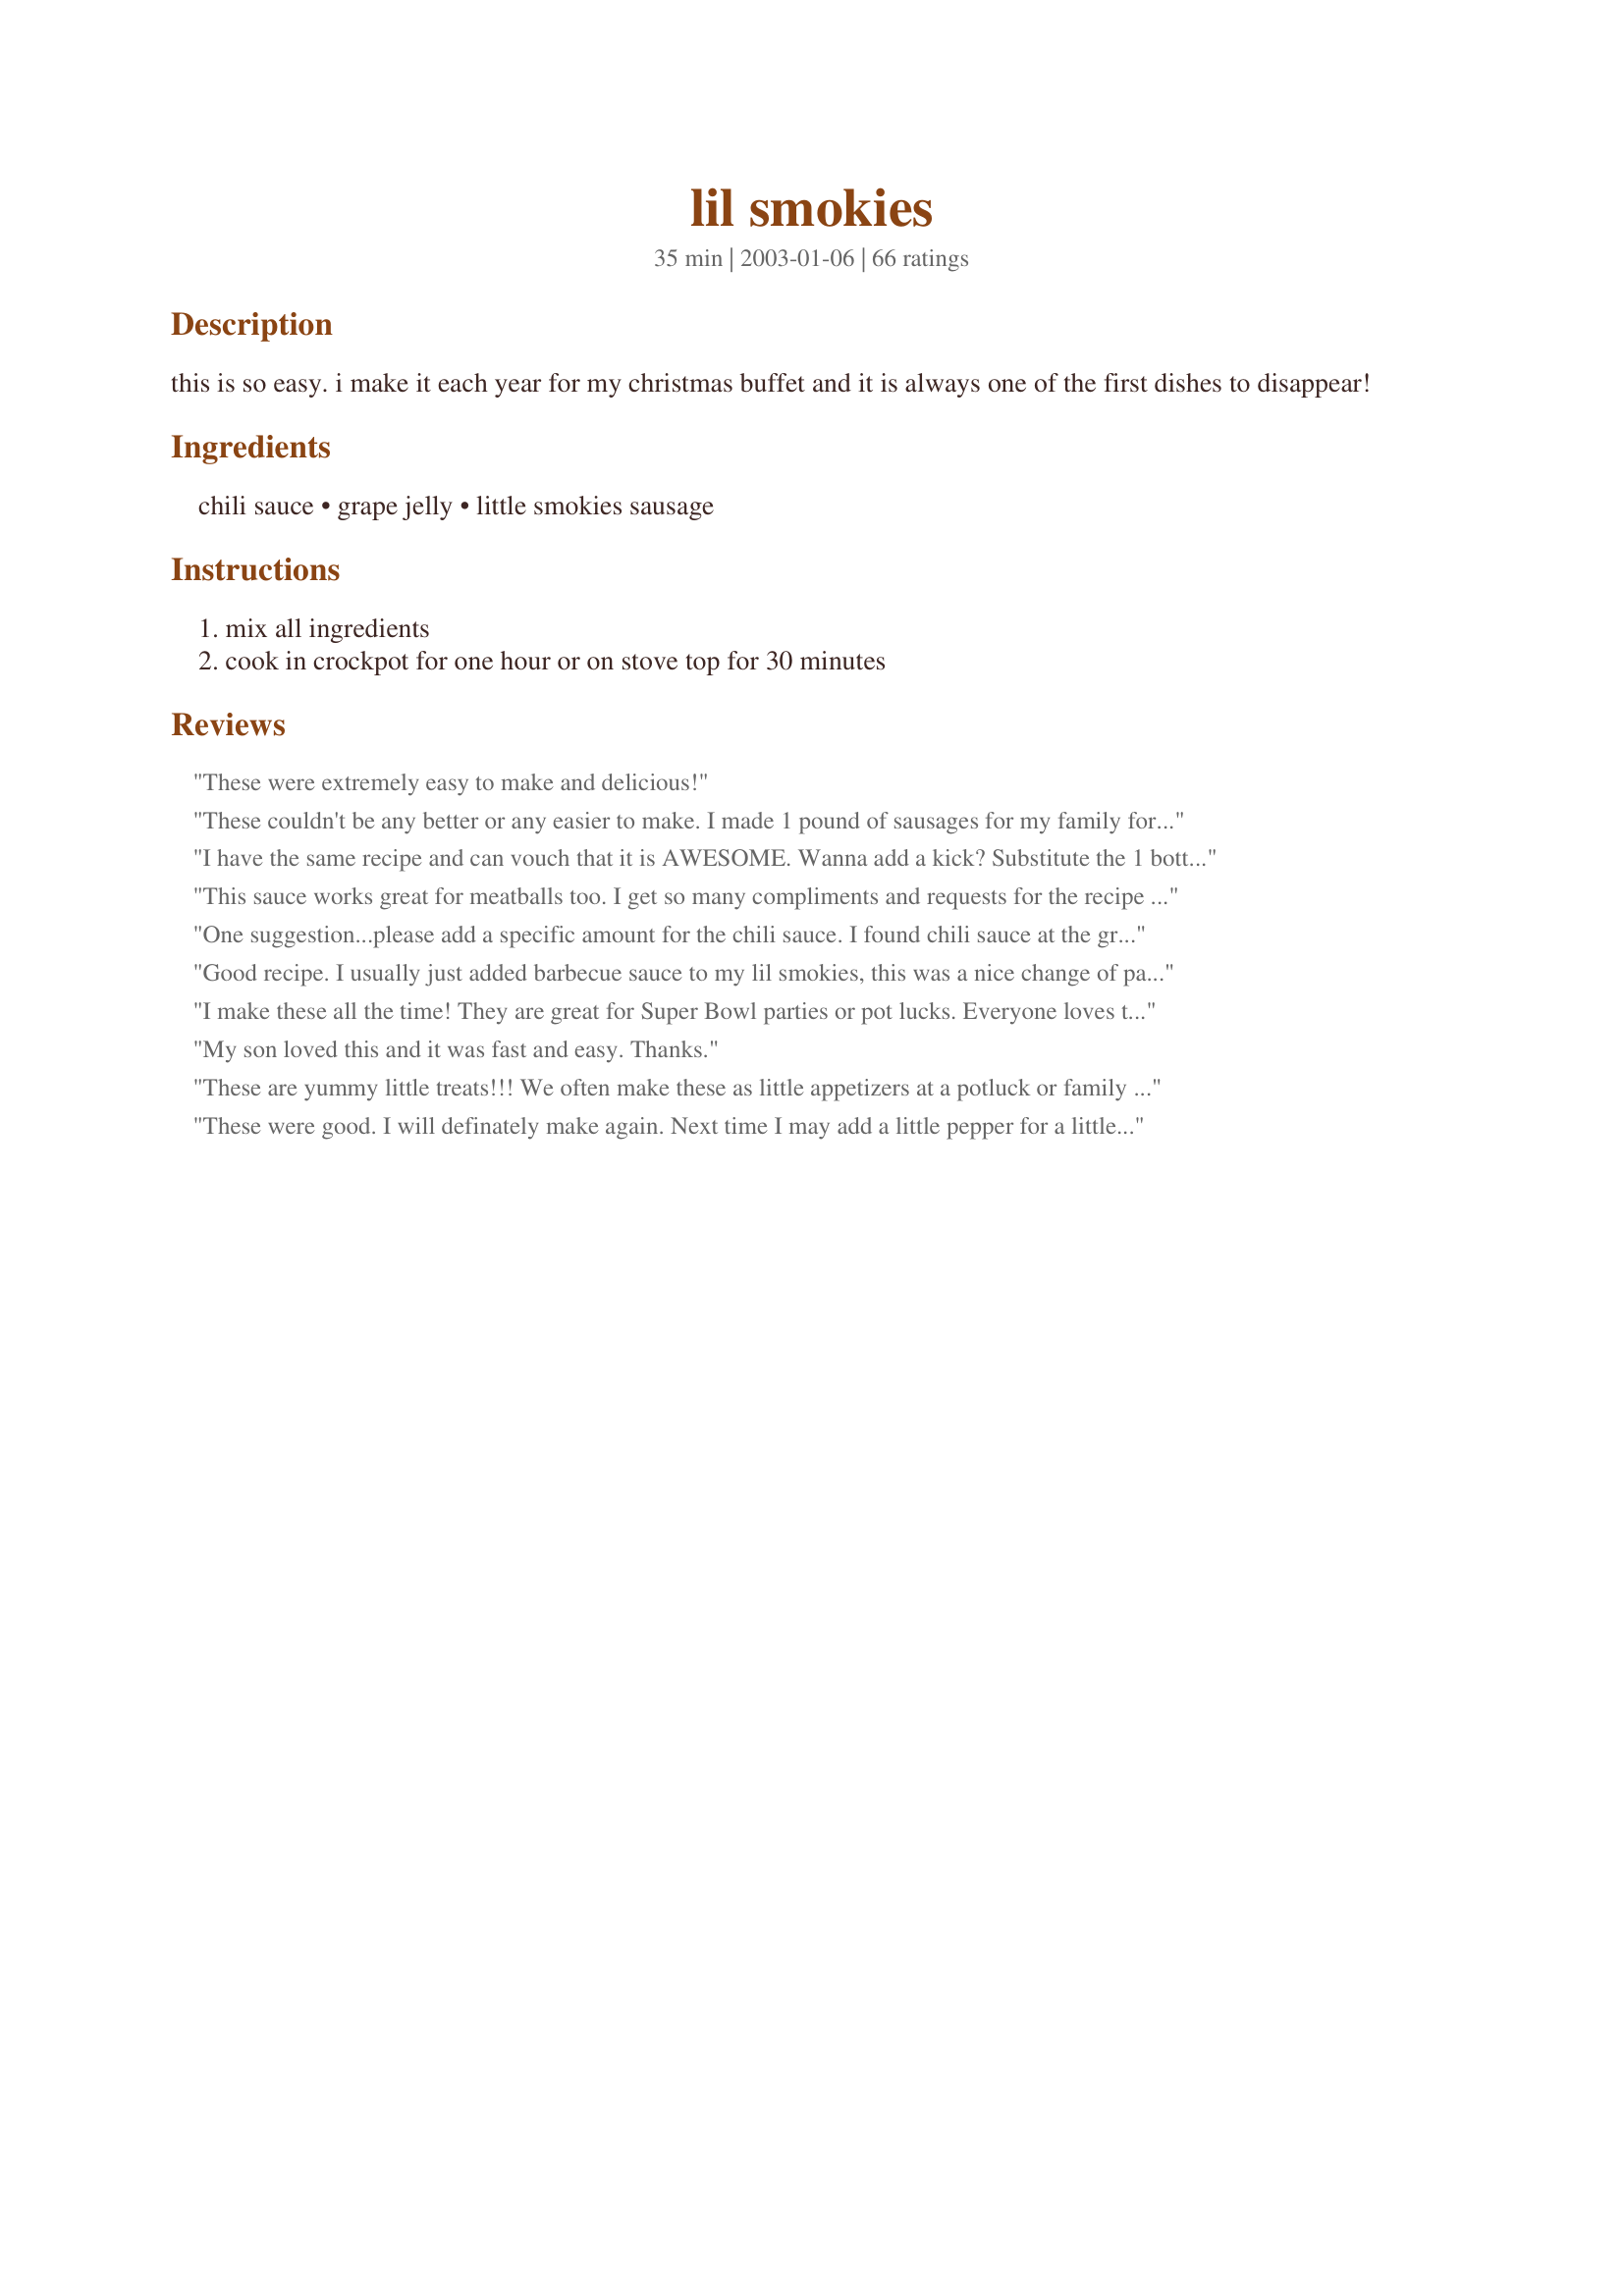
lil smokies
Preparation time: 35 minutes

this is so easy. i make it each year for my christmas buffet and it is always one of the first dishes to disappear!

Ingredients:
chili sauce, grape jelly, little smokies sausage

Steps:
mix all ingredients, cook in crockpot for one hour or on stove top for 30 minutes

Reviews:
These were extremely easy to make and delicious!
These couldn't be any better or any easier to make. I made 1 pound of sausages for my family for Super Bowl Sunday and they were gone in no time at all.
I have the same recipe and can vouch that it is AWESOME. Wanna add a kick? Substitute the 1 bottle of chili sauce with 1/2 bottle of chili sauce with 1/2 bottle of hot chili paste.
This sauce works great for meatballs too. I get so many compliments and requests for the recipe - it's almost embaressing. You can use the frozen meatballs and add them to the sauce while it's cooking. Enjoy!
One suggestion...please add a specific amount for the chili sauce. I found chili sauce at the grocery store in a can and it must have been way to much because these were terrible. Apparently, I'm the only one that has had a problem with this, so I decided not to rate this recipe.
Good recipe. I usually just added barbecue sauce to my lil smokies, this was a nice change of pace. I took this to my inlaws for a family get together and was well loved by all. I will keep this recipe in mind for the next time I have smokies....thank you.
I make these all the time! They are great for Super Bowl parties or pot lucks. Everyone loves them and they are so easy and portable when you put them in a crockpot.
My son loved this and it was fast and easy. Thanks.
These are yummy little treats!!! We often make these as little appetizers at a potluck or family get-together. A very easy, very quick, and very delicious recipe. Thanks for posting!
These were good. I will definately make again. Next time I may add a little pepper for a little extra seasoning. Thank you for sharing.
How easy is this recipe for a party?! My husband asked if I could make cocktail franks that are cooked in a crockpot with grape jelly. It is a popular dish at some of his work gatherings, but we've never made it at home. I came to Zaar to search up the recipe and decided to use this one. I had never used Chili sauce so had no idea what it was, but I found it with little problem in the store. It isn't spicy hot as one might believe. The combination of the grape jelly and chili sauce really compliment each other. Simply mix the two and add the smokies, cover, and let it heat in the crockpot. The sauce is flavorful and thick. It's delicious. This was a nice addition to our New Year's Eve dinner/party.
These were very good. It took about 2 hours in the crockpot for the smokies to get warm--go figure. I may try these with mini hot dogs, too. Thanks for the recipe.
The strange combination somehow works. The sauce by itself is great on other things.
Excellent! Thanks! I used a variety of lil smokies, mini hot dogs, and smokies with cheese!
These are fantastic. Made these for a New Years Day Brunch. So easy and yet everyone loves them. Thnx
This was delicious and easy to make. I liked that it didn't have that spicy kick that others missed, since I made this for my kids' preschool winter festival. This is definitely a keeper! Thanks for posting!
I've always made smokies with grape jelly (or whatever kind I have on hand). I'll give it a try with chili sauce next time.
yum yum yum. everyone at the party enjoyed these.
I love these! We made them years ago and I forgot about the recipe. I agree it doesn't have to be little smokies. We've used hot dogs, bratwurst, and smoked sausage. Thanks for posting. Now that I've found the recipe I'll make them again.
I loved this! I used hot dogs because I didn't have lil smokies and marionberry pepper jelly with some homemade chili sauce. Terrific can't stop eating kind of recipe. Thanks for sharing!
My group loved this, and I did find it was mildly spicy. It did take awhile to heat up, longer than an hour in the slow cooker, so I did it on high for an hour, then turned it down. Also, go goes with a dip of equal parts thick salsa and barbacue sauce. Huge hit!
I made these as part of a halloween buffet for a bunch of teens. Really easy and tasty; I simmered them on the stove top for a couple of hours to make the sauce super clingy.
A very easy and tasty recipe. The sauce has a nice zing to it. I prepared these in my crockpot and they kept well on low for 4 hours. THANKS!
I tried these last night! We loved them and put them over hot dog buns with a squirt of yellow mustard over the top! So easy and the few leftovers are even better.
I used this recipe for the Steelers/Colts game. I used 1 cup of grape jelly and 1/2 cup chile sauce and 1/2 cup catsup. It was quick and easy and delicious.
My first time for making these tasty little things. Made as directed but used 2 lbs. of smokies. Made them in my little 2 quart slow cooker and it was a perfect fit. I cooked them on high for about 2-3 hours. They had a great flavor and went over well as an appetizer. Thanks for the great recipe.
Made this to have as an appetizer for the super bowl. Very good and perfect to munch on. Not a single one left!
Yummy so good an old favorite
These are very yummy. I made them for a party I threw and everyone really enjoyed them. I used a little less than 1 cup jelly. And cooked on high covered for 3 hours, then on warm with lid off to serve with toothpicks. Thank you for posting this winning recipe!
My dad showed me this recipe 6 years ago or so with meatballs. I use it at least twice a month! Its so good with pulled pork!
I&#039;ve also used the jelly and sauce for mini meatballs. Have been doing both for years and always a big hit.
Great sauce! I am like you Junebug, I like mine cooked a little longer too. I prefer doing them in the crockpot for some reason and they made fantastic leftovers the next day. Thanks.
I didn't try these myself so I'm not rating it. I made these for a housewarming party. I must admit, the chili sauce and grape jelly looked terrible in the saucepan! But I did get several compliments from the guests saying they really liked these! Thanks Junebug!
I was unsure about the chili sauce and jelly, but decided to try anyway. I am glad I did. They were so yummy and everyone loved them. Will make again!
I also make these every year - however, after about an hour sitting in the crockpot, the sauce starts to become dark and dry and begins to smell sour and strong.
So easy yet so good! Used homemade grape jelly and Heinz chili sauce as recommended. Beef cocktail meatballs were my sub for the Smokies and they were a hit at Easter Dinner.

Thanks June!
Wonderful and easy! I had to make these on the stovetop because of time constraints, but they were truly a hit with the kids and adults alike! Also, I could not find the cocktail sausages, so I made it with cocktail weinies and the taste of the sauce made the weinies taste just like li'l sausages!!! Incredibly good flavor - like a sweet & sour barbecue sauce...Wow! Thanks, Junebug! This is a keeper in our family! :)
These were excellent. I wish I could make them again, but I'm trying to low carb, and these are not low-carb. Still, quite delicious, and I'm sure the first thing to leave a buffet at a party.
Thanks so much for posting.
I lost my recipe a long time ago.
And have been on the look out for it. Have never seen anyone that did not like it with the smokies or meat balls. Great party hit,even easier now that we have crock pots.
thanks, June
Every year at Christmas, Thanksgiving, and about every family dinner, we will take one of the smaller 2-4 cup crock pots and fill it with lil smokies, and just pour over our favorite barbecue sauce and let them go for a swim. Never have tried a jelly and chili sauce mix - It's always a Sweet Baby Rays or Kancsas City style sauce. I will ave to give this a try. (But I will say this, I beat you by 1 ingredient - hehehe!)
I made this for a cocktail party tonight, and they were a huge hit. I had to stop myself from eating too many! These are fun to eat, and the little kid at the party loved that you got to stab the smokies with toothpicks. (Those little plastic swords would probably be even more fun.)
This is the way mom used to make it when I was little. You can definitely use 2 pkgs of little smokies or reduce the sauce ingredients to half for 1 pkg and still have enough. Thanks for reminding me about this one :) (sauce works well with cocktail meatballs too :)
No fail recipe. I use leftover sauce for other random things as well... chicken fingers, hot dogs, mac and cheese, sandwich, anything you feel like eating.
very easy and good. Will make for parties in the future.
I was a little wary of this - wasn't sure about the grape jam and chili sauce but it really is great. You can't tell it's grape jam and it adds a slightly sweet flavor to them. I thought it was excellent.
Quick and easy. Made this for a friend's birthday party per her request, she was thrilled. Thanks for posting an classic favorite.
GReat and easy. Thanks
Wow very good.This was my first time using chili sauce or little smokies sausage.If your expecting the chili sauce to have a little kick be prepared it doesn't.Since it was my first time making the recipe i made it "true" next time i'll bring the hot sauce.A Very good,Verytasty,Quick recipe. Thanks
I used whole berry cranberry sauce instead of grape jelly. It came out delicious and a little less sweet than with the jelly.
My family requests these every couple of months. I will have to give them a try with the meatballs for something different. I also like to add some stone ground mustard.
New to this site and this was the first thing I tried; it was awesome! I'm new to cooking for the most part and was looking for a simple recipie with Little Smokies. I made this for my wife last night and we both loved it! The way I prepared it was with BBQ sauce, 1 cup jelly, and 1 package of smokies. I let it simmer for about 40 minutes. Paired it with cornbread pudding and green beans. I will be cooking this one again for sure!
So quick, so easy, so tasty! I have a batch bubbling in the crockpot right now!
I went to make these and realized I was out of grape jelly, and only had strawberry. I was only making a 14 oz package of lil smokies so I used: almost half bottle of chili sauce, quarter cup of grape jelly and 14 oz lil smokies. It has a different taste, almost bbq almost tangy sweet and sourish. They were very good.
made this for quite sometime now. I got the recipe from my friends mom. I have also used the same sauce with meatballs. Turns out great with that as well
I made this for Christmas eve, as part of our traditional appetizer dinner. I grew up eating these, and love them still. Yum!
My son always has to have this at Christmas! Great recipe!
These were excellent, all to easy and everyone loved them. 
Thanks Junebug
Delicious! I used meatballs instead and they turned out great.
Good recipe! For the lack of grape jelly I substituted it with black currant jelly. Definately worth cooking until the sauce is thick enough to cling to sausages.
These were a hit at a New Years Eve party I went to at my moms. I've made this same sauce with meatballs in the past, but only use 1/2 cup of grape jelly and that is also very good! Thanks for posting this!
perfect. they disapeared like lightning!! They were soooo yummy! i used meetballs in stead of lil smokies. and i had to bring to slight boil on the stove the jelly and sauce to get the grape jelly to not be clumpy but yum. tasty =]
Love these. I have even used sliced smoked sausage in a pinch. Wieners work too.
Made these for a party last weekend and to take to my friends tonight and they were a hit. Thanks so much for a great recipe that will be used over and over.
highly recommended
Made these for my father's 74th surprise birthday party. Had to use crabapple jelly as it was all I had in the house and added 1/2 teaspoon of lemon juice. They were wonderful and the crockpot came home emply.
This recipe almost made my SIL cry when I brought it to a family reunion. She had good memories of her grandmother bringing the same recipe.
I just have to add that I made these yesterday to take to work and placed the hot crockpot on the floor of the car and when I had to stop quickly, the whole two pounds of smokies AND sauce went on the floor of my husband's truck! And that, folks, is what you call a huge mess!
KCShell
I made these last year for Christmas eve, came to get the recope this yr and realized I never reviewed. I use cheddar little smokies and they are gobbled up by my whole family.
